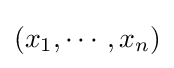
(x_{1},\cdots ,x_{n})